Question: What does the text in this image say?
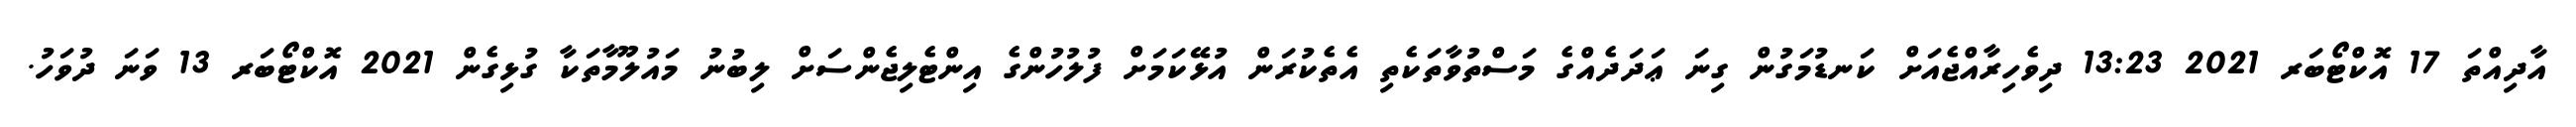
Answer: އާދިއްތަ 17 އޮކްޓޯބަރ 2021 13:23 ދިވެހިރާއްޖެއަށް ކަނޑުމަގުން ގިނަ ޢަދަދެއްގެ މަސްތުވާތަކެތި އެތެކުރަން އުޅޭކަމަށް ފުލުހުންގެ އިންޓެލިޖެންސަށް ލިބުނު މައުލޫމާތަކާ ގުޅިގެން 2021 އޮކްޓޯބަރ 13 ވަނަ ދުވަހު.